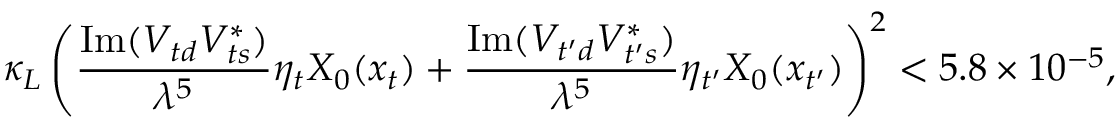
\kappa _ { L } \left( \frac { \mathrm { I m } ( V _ { t d } V _ { t s } ^ { * } ) } { \lambda ^ { 5 } } \eta _ { t } X _ { 0 } ( x _ { t } ) + \frac { \mathrm { I m } ( V _ { t ^ { \prime } d } V _ { t ^ { \prime } s } ^ { * } ) } { \lambda ^ { 5 } } \eta _ { t ^ { \prime } } X _ { 0 } ( x _ { t ^ { \prime } } ) \right) ^ { 2 } < 5 . 8 \times 1 0 ^ { - 5 } ,